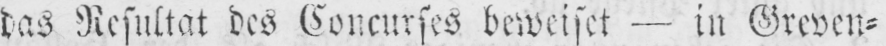
das Resultat des Concurses beweiset - in Greven⸗